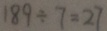
1 8 9 \div 7 = 2 7